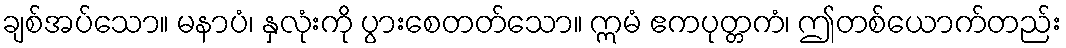
ချစ်အပ်သော။ မနာပံ၊ နှလုံးကို ပွားစေတတ်သော။ ဣမံ ဧကပုတ္တကံ၊ ဤတစ်ယောက်တည်း